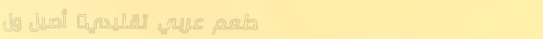
مطعم عربي تقليدي: أصيل ول